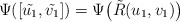
\begin{align*} \Psi([\tilde{u_1},\tilde{v_1}])=\Psi\big(\tilde{R}(u_1,v_1)\big)\end{align*}